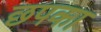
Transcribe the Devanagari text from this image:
छपका